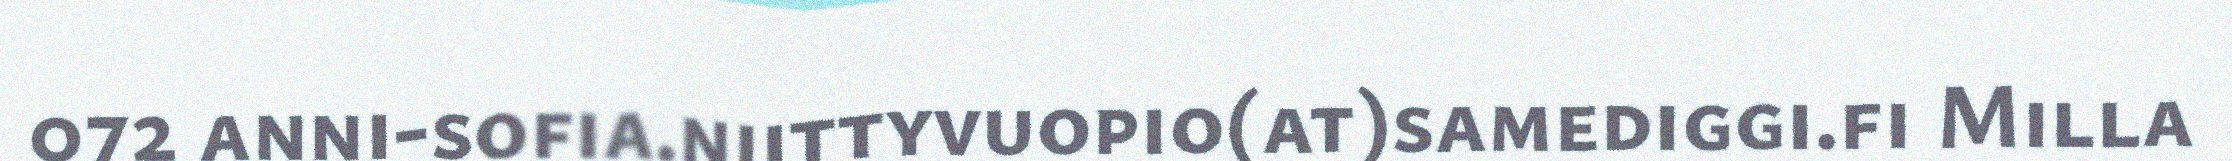
072 anni-sofia.niittyvuopio(at)samediggi.fi Milla